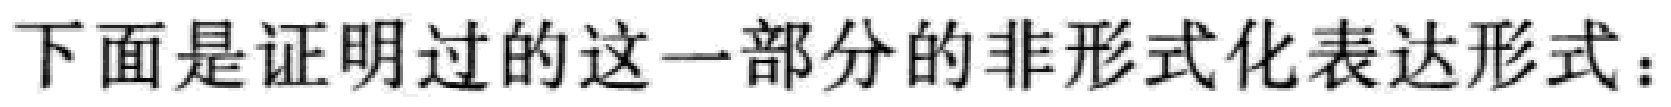
下面是证明过的这一部分的非形式化表达形式：